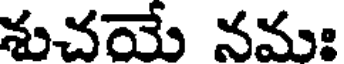
శుచయే నమః